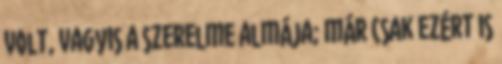
volt, vagyis a szerelme almája; már csak ezért is